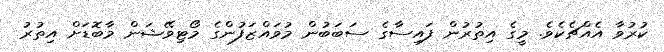
ކުރުވާ އެއްޗެކެވެ. މީގެ އިތުރުން ފައިސާގެ ސަބަބުން މުވައްޒަފުންގެ މޯޓިވޭޝަން މާބޮޑަށް އިތުރު